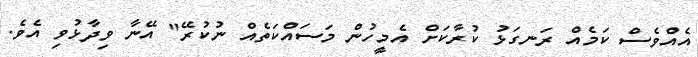
އެއްވެސް ކަމެއް ރަނގަޅު ކުރާކަށް އެމީހުން މަސައްކަތެއް ނުކުރޭ" އޭނާ ވިދާޅުވި އެވެ.